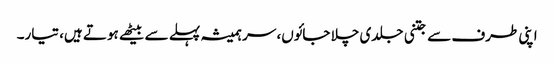
اپنی طرف سے جتنی جلدی چلا جائوں، سر ہمیشہ پہلے سے بیٹھے ہوتے ہیں، تیار۔